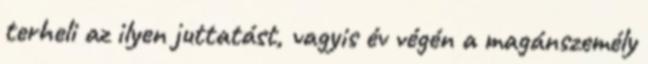
terheli az ilyen juttatást, vagyis év végén a magánszemély